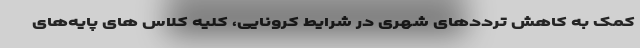
کمک به کاهش ترددهای شهری در شرایط کرونایی، کلیه کلاس های پایه‌های